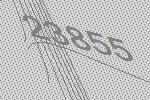
23855